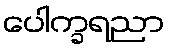
ပေါက္ခရညာ